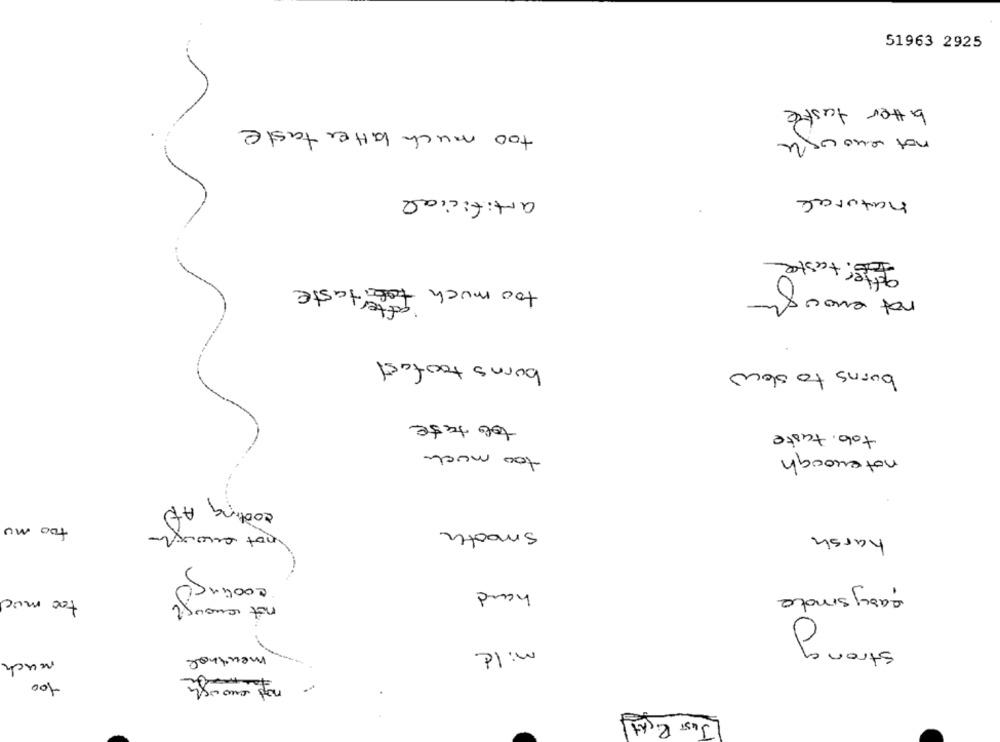
51963 2925
bitter taste
too much bitter taste
not enough
artificial
natural
güter taste
not enough
too much totaste
atter
burns toofast
burns to slow
tob tate
tob. taste
too much
not enough
conting AT
too mu
not enough
Smooth
harsh
50
cooling
hand
easysmote
too much
not enough
Stron
menthal
mild
much
os
100
JUST